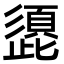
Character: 頾